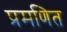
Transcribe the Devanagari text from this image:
प्रमणित